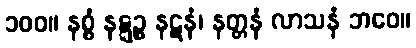
၁၀၀။ နစ္စံ နဋ္ဋဉ္စ နဋနံ၊ နတ္တနံ လာသနံ ဘဝေ။